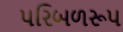
પરિબળરૂપ